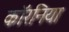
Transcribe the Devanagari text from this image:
कॉरनिया